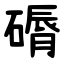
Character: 磭